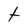
Character: t